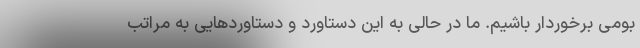
بومی برخوردار باشیم. ما در حالی به این دستاورد و دستاوردهایی به مراتب